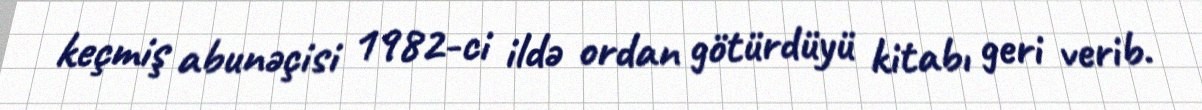
keçmiş abunəçisi 1982-ci ildə ordan götürdüyü kitabı geri verib.